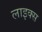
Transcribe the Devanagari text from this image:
लाइक्स